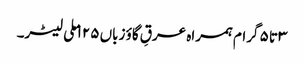
۳ تا ۵ گرام ہمراہ عرقِ گاؤ زباں ۱۲۵ ملی لیٹر۔